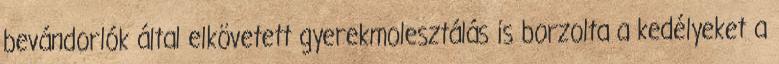
bevándorlók által elkövetett gyerekmolesztálás is borzolta a kedélyeket a